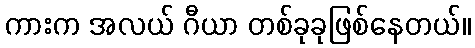
ကားက အလယ် ဂီယာ တစ်ခုခုဖြစ်နေတယ်။